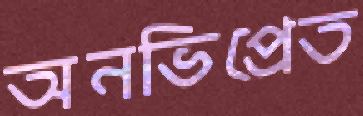
অনভিপ্রেত